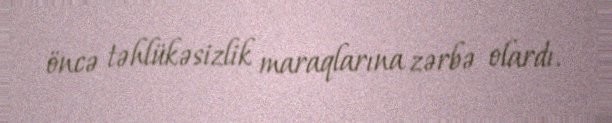
öncə təhlükəsizlik maraqlarına zərbə olardı.